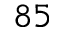
^ { 8 5 }